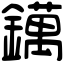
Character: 𨭬